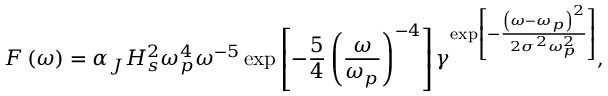
F \left( \omega \right) = \alpha _ { J } H _ { s } ^ { 2 } \omega _ { p } ^ { 4 } \omega ^ { - 5 } \exp \left[ - \frac { 5 } { 4 } \left( \frac { \omega } { \omega _ { p } } \right) ^ { - 4 } \right] \gamma ^ { \exp \left[ - \frac { \left( \omega - \omega _ { p } \right) ^ { 2 } } { 2 \sigma ^ { 2 } \omega _ { p } ^ { 2 } } \right] } ,